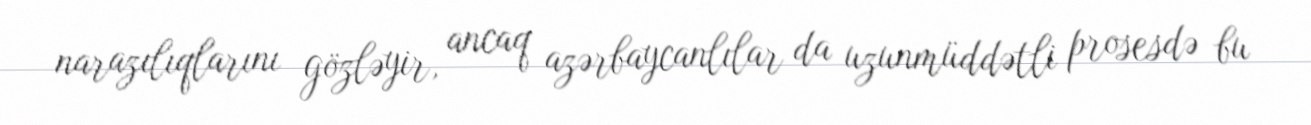
narazılıqlarını gözləyir, ancaq azərbaycanlılar da uzunmüddətli prosesdə bu